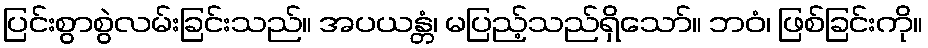
ပြင်းစွာစွဲလမ်းခြင်းသည်။ အပယန္တံ၊ မပြည့်သည်ရှိသော်။ ဘဝံ၊ ဖြစ်ခြင်းကို။